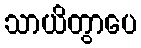
သာယိတွာပေ